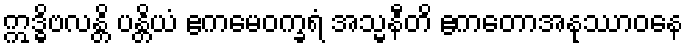
ဣဒ္ဓိဗလန္တိ ပန္တိယံ ဧကမေဝက္ခရံ အသ္မနီတိ ဧကတောအနုဿာဝနေ